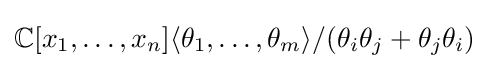
\mathbb {C} [x_{1},\ldots ,x_{n}]\langle \theta _{1},\ldots ,\theta _{m}\rangle /(\theta _{i}\theta _{j}+\theta _{j}\theta _{i})